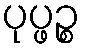
ပုပ္ဖဉ္စ